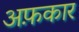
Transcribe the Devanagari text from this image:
अफ़कार